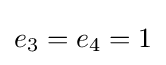
e_{3}=e_{4}=1